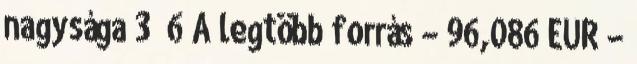
nagysága 3 6 A legtöbb forrás – 96,086 EUR –